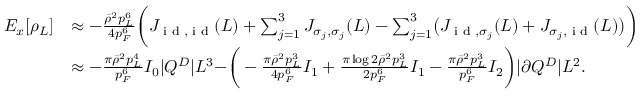
\begin{array} { r l } { E _ { x } [ \rho _ { L } ] } & { \approx - \frac { \bar { \rho } ^ { 2 } p _ { L } ^ { 6 } } { 4 p _ { F } ^ { 6 } } \biggr ( J _ { \textnormal { i d } , \textnormal { i d } } ( L ) + \sum _ { j = 1 } ^ { 3 } J _ { \sigma _ { j } , \sigma _ { j } } ( L ) - \sum _ { j = 1 } ^ { 3 } \bigr ( J _ { \textnormal { i d } , \sigma _ { j } } ( L ) + J _ { \sigma _ { j } , \textnormal { i d } } ( L ) \bigr ) \biggr ) } \\ & { \approx - \frac { \pi \bar { \rho } ^ { 2 } p _ { L } ^ { 4 } } { p _ { F } ^ { 6 } } I _ { 0 } | Q ^ { D } | L ^ { 3 } - \biggr ( - \frac { \pi \bar { \rho } ^ { 2 } p _ { L } ^ { 3 } } { 4 p _ { F } ^ { 6 } } I _ { 1 } + \frac { \pi \log 2 \bar { \rho } ^ { 2 } p _ { L } ^ { 3 } } { 2 p _ { F } ^ { 6 } } I _ { 1 } - \frac { \pi \bar { \rho } ^ { 2 } p _ { L } ^ { 3 } } { p _ { F } ^ { 6 } } I _ { 2 } \biggr ) | \partial Q ^ { D } | L ^ { 2 } . } \end{array}